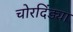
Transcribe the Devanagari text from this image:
चोरदिंड्या